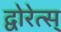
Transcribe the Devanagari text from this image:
द्वोरेत्स्